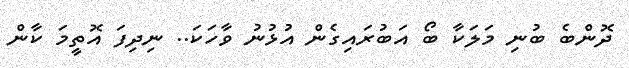
ދޮންބެ ބުނި މަލަކާ ބޯ އަބުރައިގެން އުޅުނު ވާހަކަ.. ނިދިފަ އޮތީމަ ކާން